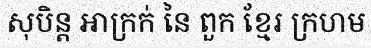
សុបិន្ត អាក្រក់ នៃ ពួក ខ្មែរ ក្រហម